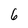
Character: 6